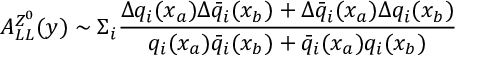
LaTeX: A _ { L L } ^ { Z ^ { 0 } } ( y ) \sim \Sigma _ { i } { \frac { \Delta q _ { i } ( x _ { a } ) \Delta \bar { q } _ { i } ( x _ { b } ) + \Delta \bar { q } _ { i } ( x _ { a } ) \Delta q _ { i } ( x _ { b } ) } { q _ { i } ( x _ { a } ) \bar { q } _ { i } ( x _ { b } ) + \bar { q } _ { i } ( x _ { a } ) q _ { i } ( x _ { b } ) } } \nonumber